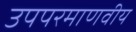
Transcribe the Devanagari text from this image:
उपपरमाणवीय